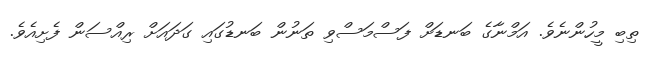
ތިބި މީހުންނެވެ. އަމްނާގެ ބަނޑަށް ފަސްމަސްވި ތަނުން ބަނޑުގައި ގަދައަށް ރިއްސަން ފެށިއެވެ.